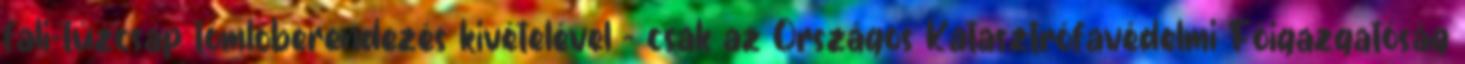
fali-tûzcsap tömlõberendezés kivételével - csak az Országos Katasztrófavédelmi Fõigazgatóság